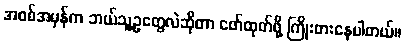
အစစ်အမှန်က ဘယ်သူ့ဥတွေလဲဆိုတာ ဖော်ထုတ်ဖို့ ကြိုးစားနေပါတယ်။